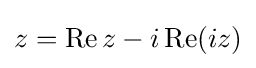
z=\operatorname {Re} z-i\operatorname {Re} (iz)